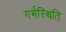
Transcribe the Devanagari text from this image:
गर्भस्थिति